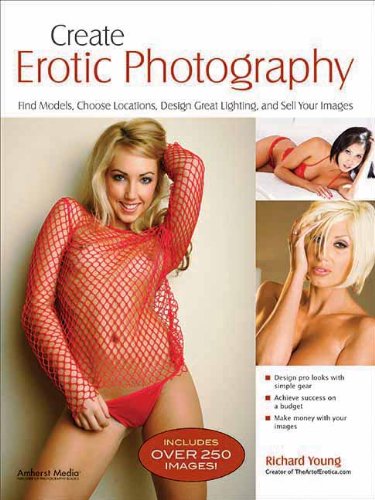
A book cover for Create Erotic Photography: Find Models, Choose Locations, Design Great Lighting & Sell Your Images; Richard Young; Arts & Photography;